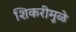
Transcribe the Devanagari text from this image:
शिकरीमुळे